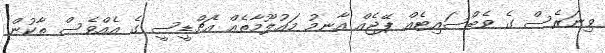
ވިނަރެސް ގެ ވެބްސައިޓެއް ޕޭޖެއް އާނމު މައުލޫމާތެއް އެޗްޑީސީ ގެ އެއްވެސް ތާކުން